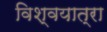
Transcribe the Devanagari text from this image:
विश्वयात्रा